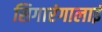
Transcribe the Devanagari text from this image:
सिगारंगालाई